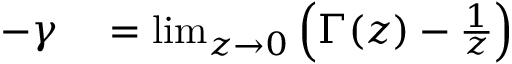
\begin{array} { r l } { - \gamma } & { { } = \operatorname* { l i m } _ { z \to 0 } \left( \Gamma ( z ) - { \frac { 1 } { z } } \right) } \end{array}